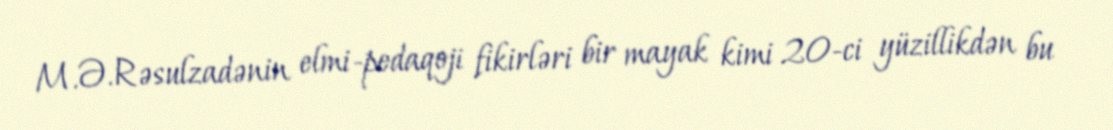
M.Ə.Rəsulzadənin elmi-pedaqoji fikirləri bir mayak kimi 20-ci yüzillikdən bu